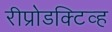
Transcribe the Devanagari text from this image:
रीप्रोडक्टिव्ह